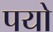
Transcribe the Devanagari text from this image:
पयो